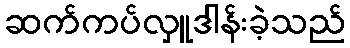
ဆက်ကပ်လှူဒါန်းခဲ့သည်